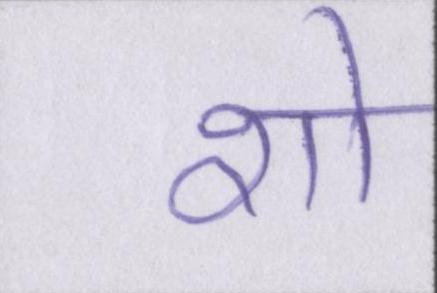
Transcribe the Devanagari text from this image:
शो